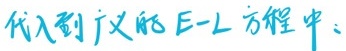
代入到广义的E-L方程中：